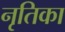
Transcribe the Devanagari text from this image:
नृतिका